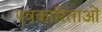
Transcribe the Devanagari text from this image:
पत्रकारिताओं